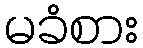
မခံစား